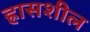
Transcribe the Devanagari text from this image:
ह्रासशील